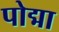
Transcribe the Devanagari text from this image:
पोद्मा